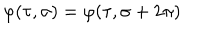
\varphi ( \tau , \sigma ) = \varphi ( \tau , \sigma + 2 \pi )